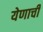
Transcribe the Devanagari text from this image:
येणाची